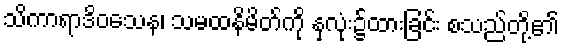
သိကာရာဒိဝသေန၊ သမထနိမိတ်ကို နှလုံး၌ထားခြင်း စသည်တို့၏